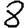
Digit: 8